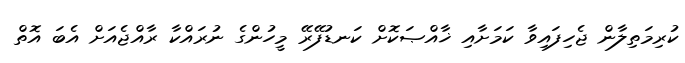
ކުރިމަތިލާން ޖެހިފައިވާ ކަމަށާއި ޚާއްޞަކޮށް ކަނޑުފޭރޭ މީހުންގެ ނުރައްކާ ރާއްޖެއަށް އެބަ އޮތް